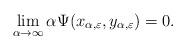
LaTeX: \begin{align*}\lim_{\alpha \rightarrow \infty} \alpha \Psi(x_{\alpha,\varepsilon},y_{\alpha,\varepsilon}) = 0.\end{align*}